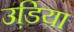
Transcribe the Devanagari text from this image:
उडि़या